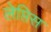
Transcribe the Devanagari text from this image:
लेप्तिस